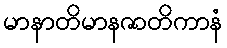
မာနာတိမာနဇာတိကာနံ